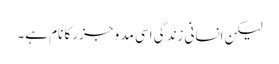
لیکن انسانی زندگی اسی مد و جزر کا نام ہے۔